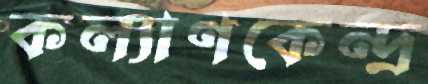
কল্যাণকেন্দ্র